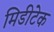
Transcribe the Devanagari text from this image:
मिडीटेक